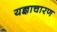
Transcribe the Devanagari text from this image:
यज्ञाचारण